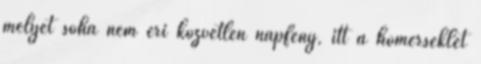
mélyét soha nem éri közvetlen napfény, itt a hőmérséklet